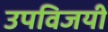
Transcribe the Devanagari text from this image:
उपविजयी